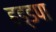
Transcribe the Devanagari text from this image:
हड्डपा